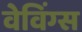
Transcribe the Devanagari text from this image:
वेविंग्स